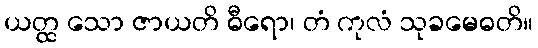
ယတ္ထ သော ဇာယတိ ဓီရော၊ တံ ကုလံ သုခမေဓတိ။